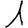
Digit: 1